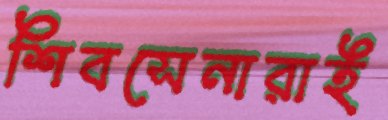
শিবসেনারাই